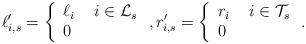
LaTeX: \begin{align*}\ell_{i,s}^{\prime} = \left \{\begin{array}{ll}\ell_i & \ i \in \mathcal{L}_s\\0 & \end{array}\right.,r_{i,s}^{\prime} = \left \{\begin{array}{ll}r_i & \ i \in \mathcal{T}_s\\0 & \end{array}\right. .\end{align*}